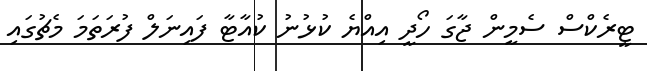
ޓީރެކްސް ސެމީން ޖާގަ ހޯދީ އިއްޔެ ކުޅުނު ކުއާޓާ ފައިނަލް ފުރަތަމަ މެޗުގައި